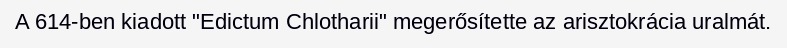
A 614-ben kiadott "Edictum Chlotharii" megerősítette az arisztokrácia uralmát.